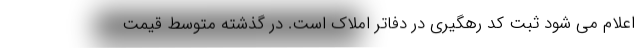
اعلام می شود ثبت کد رهگیری در دفاتر املاک است. در گذشته متوسط قیمت